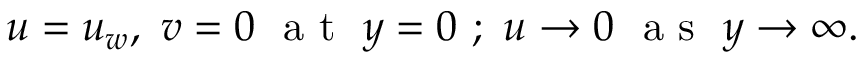
u = u _ { w } , ~ v = 0 ~ \textrm { a t } \ y = 0 ~ ; ~ u \to 0 ~ \textrm { a s } \ y \to \infty .